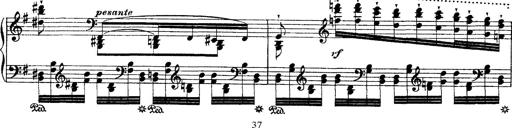
Title: Ã‰tudes d'exÃ©cution transcendante d'aprÃ¨s Paganini
Composer: Franz Liszt